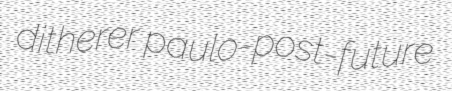
ditherer paulo-post-future